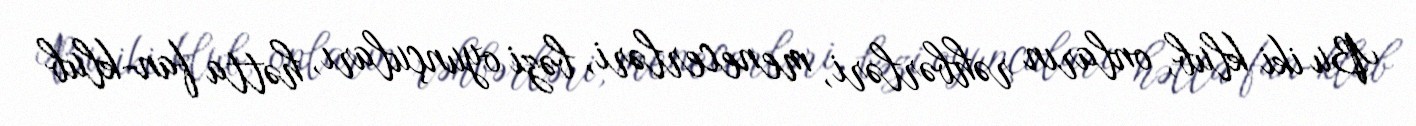
Bu iki klub, onların rəhbərləri, menecerləri, bəzi oyunçuları, hətta fan-klub